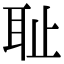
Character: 耻